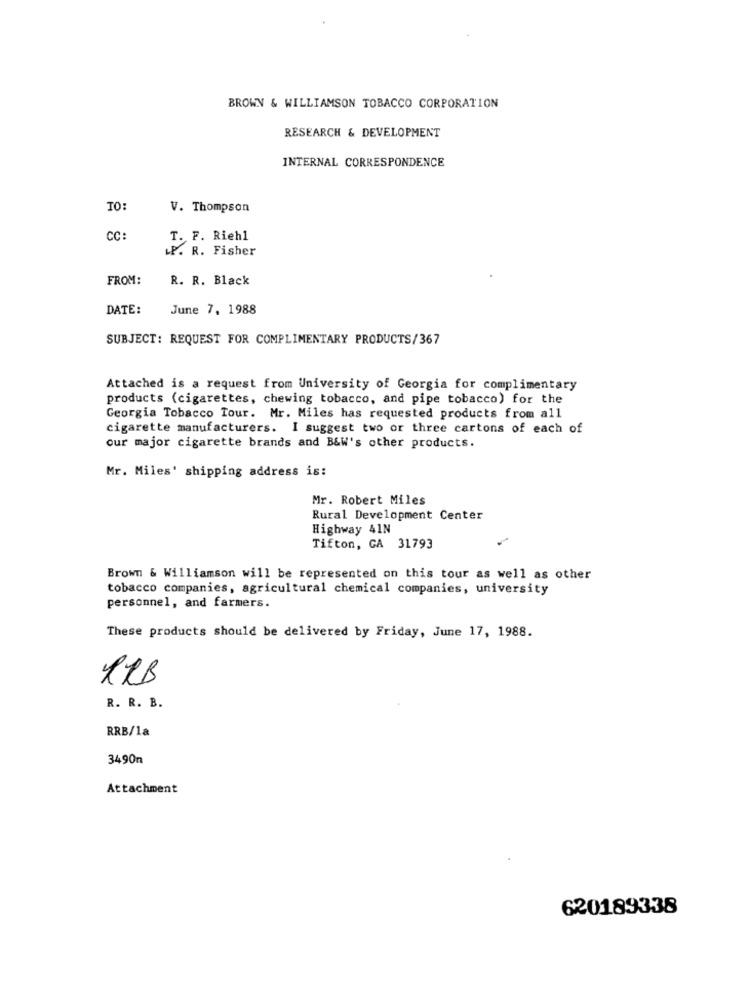
BROWN & WILLIAMSON TOBACCO CORPORATION
RESEARCH & DEVELOPMENT
INTERNAL CORRESPONDENCE
V. Thompson
CC:
T. F. Riehl
.P. R. Fisher
FROM:
R. R. Black
DATE:
June 7. 1988
SUBJECT: REQUEST FOR COMPLIMENTARY PRODUCTS/367
Attached is a request from University of Georgia for complimentary
products (cigarettes, chewing tobacco, and pipe tobacco) for the
Georgia Tobacco Tour. Mr. Miles has requested products from all
cigarette manufacturers. I suggest two or three cartons of each of
our major cigarette brands and B&W's other products.
Mr. Miles' shipping address is:
Mr. Robert Miles
Rural Development Center
Highway 41N
Tifton, CA 31793
Brown & Williamson will be represented on this tour as well as other
tobacco companies, agricultural chemical companies, university
personnel, and farmers.
These products should be delivered by Friday, June 17, 1988.
12B
R. R. B.
RRB/1a
3490n
Attachment
620189338